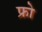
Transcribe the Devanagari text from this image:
फ्रो